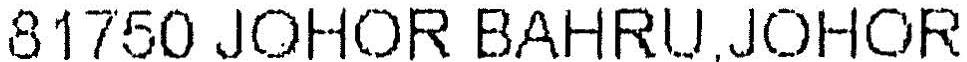
81750 JOHOR BAHRU,JOHOR